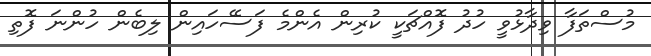
މުސްތަފާ ވިދާޅުވީ ހުދު ފޮއްޗަކީ ކުރިން އެންމެ ފަސޭހައިން ލިބެން ހުންނަ ފޮތި